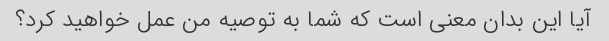
آیا این بدان معنی است که شما به توصیه من عمل خواهید کرد؟